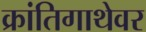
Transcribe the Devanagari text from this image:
क्रांतिगाथेवर